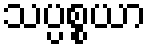
သပ္ပစ္စယာ